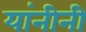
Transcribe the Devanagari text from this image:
यांनीनी